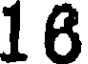
16